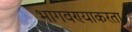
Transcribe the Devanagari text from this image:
भागवण्याकरता